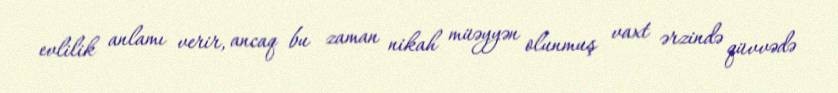
evlilik anlamı verir, ancaq bu zaman nikah müəyyən olunmuş vaxt ərzində qüvvədə